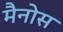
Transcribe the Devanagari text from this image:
मैनोस